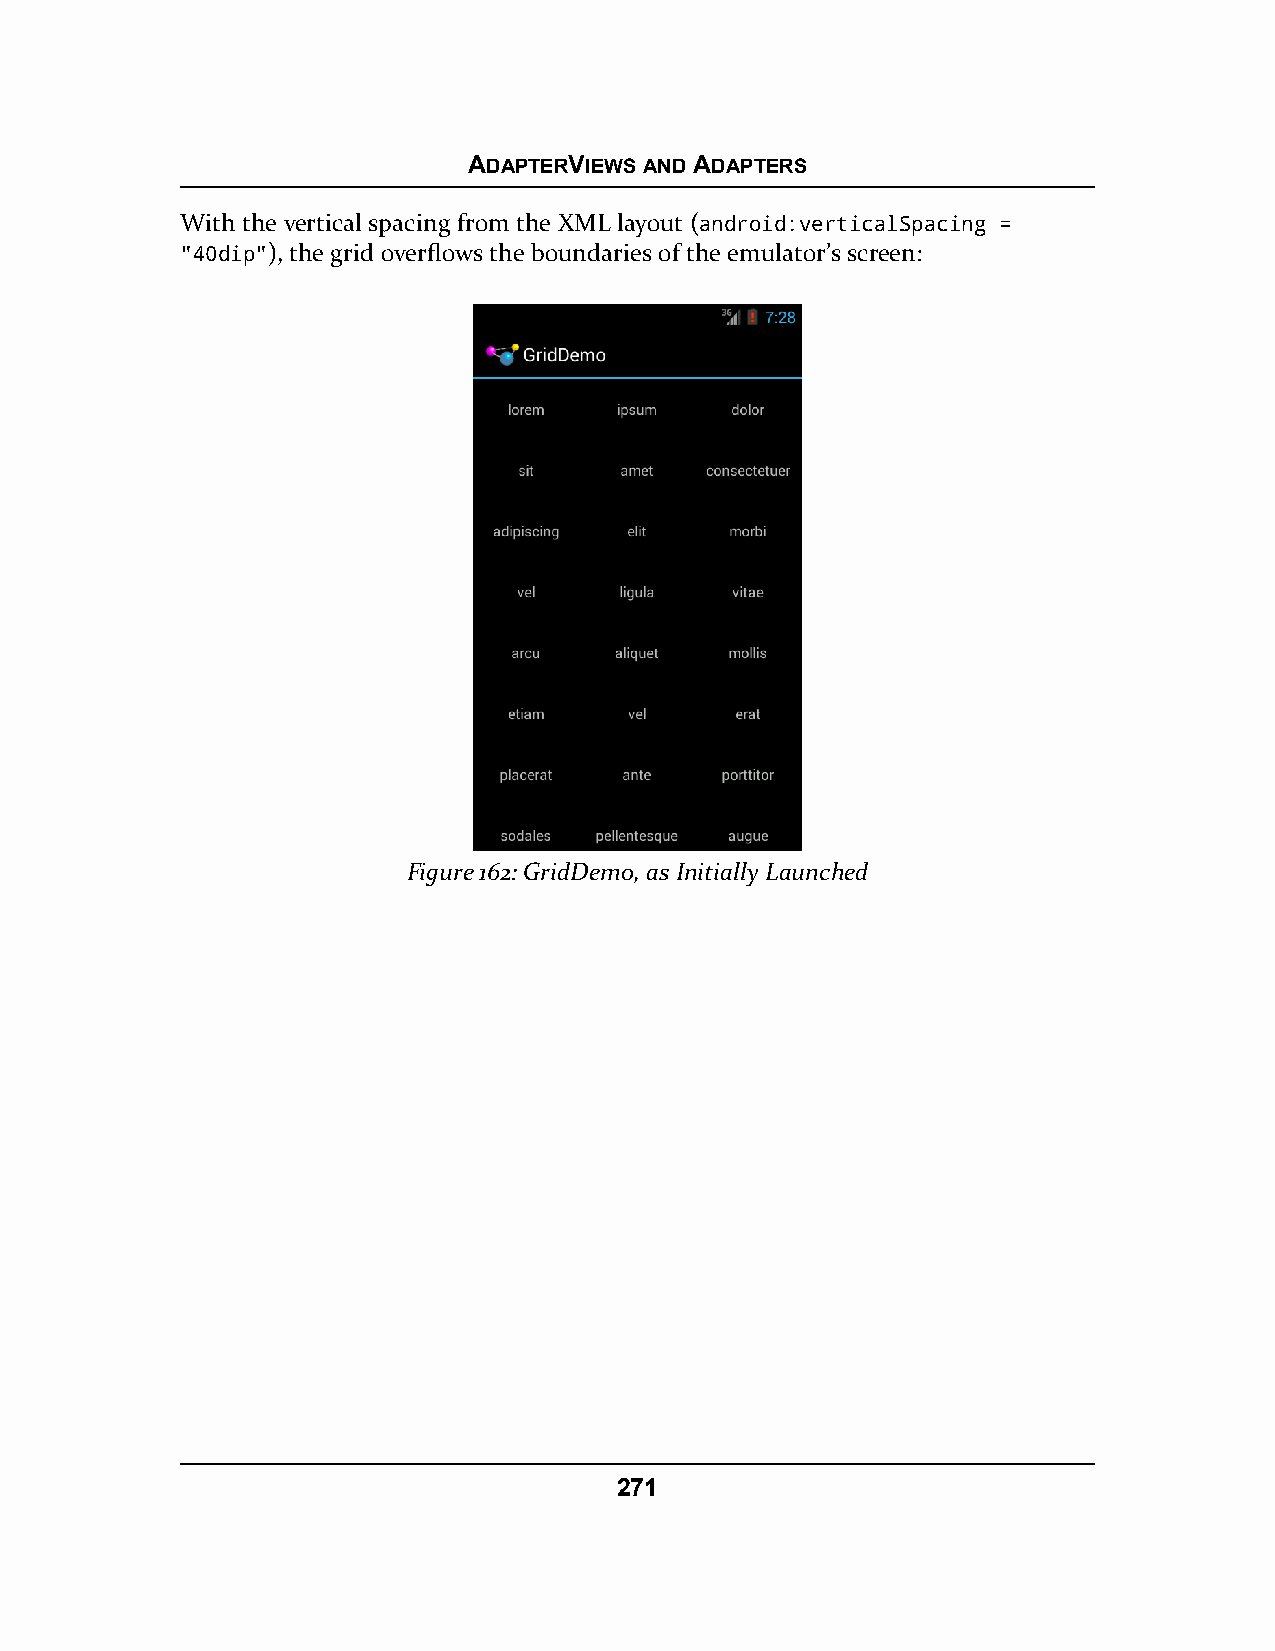
ADAPTERVIEWS AND ADAPTERS
 With the vertical spacing from the XML layout (android:verticalSpacing =
 "40dip"), the grid overflows the boundaries of the emulator’s screen:
 Figure 162: GridDemo, as Initially Launched
 271